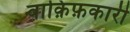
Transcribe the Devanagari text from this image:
वाक़िफ़कारी